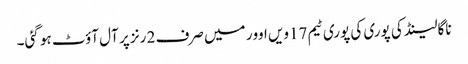
ناگالینڈ کی پوری کی پوری ٹیم 17ویں اوور میں صرف 2 رنز پر آل آؤٹ ہو گئی۔